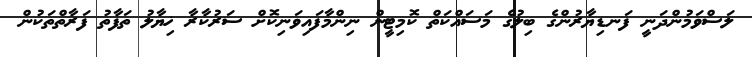
ލަސްވަމުންދަނީ ފަނޑިޔާރުންގެ ބިލުގެ މަސައްކަތް ކޮމިޓީން ނިންމާފައިވަނިކޮށް ސަރުކާރާ ޚިޔާލު ތަފާތު ފަރާތްތަކުން